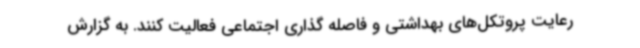
رعایت پروتکل‌های بهداشتی و فاصله گذاری اجتماعی فعالیت کنند. به گزارش